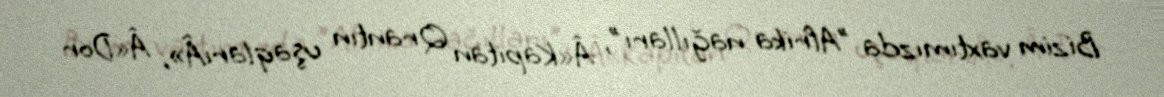
Bizim vaxtımızda "Afrika nağılları", Â«Kapitan Qrantın uşaqlarıÂ», Â«Dor